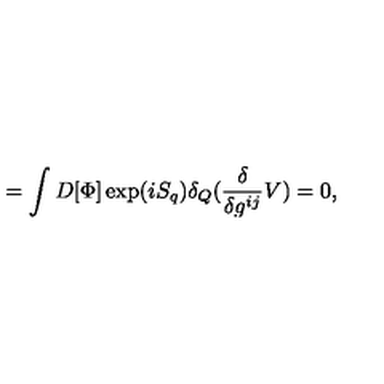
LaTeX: = \int D [ \Phi ] \exp ( i S _ { q } ) \delta _ { Q } ( \frac { \delta } { \delta g ^ { i j } } V ) = 0 ,